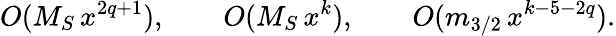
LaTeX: O(M_{S}\, x^{2q+1}),\qquad O(M_{S}\, x^{k}),\qquad O(m_{3/2}\, x^{k-5-2q}).